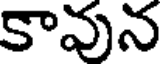
కావున